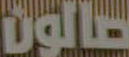
صالون